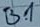
Text: B1